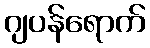
ဂျပန်ရောက်